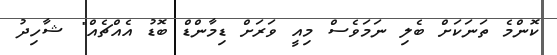
ކޮންމެ ތަނަކަށް ބެލި ނަމަވެސް މިއީ ވަރަށް ޑިމާންޑް ބޮޑު އެއްޗެއް" ޝާހިދު